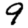
Digit: 9